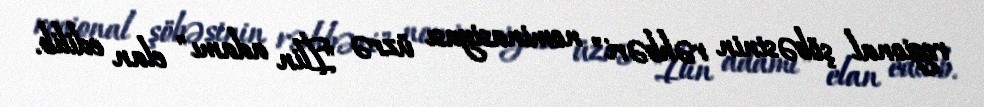
regional şöbəsinin rəhbəri" nominasiyası üzrə "İlin adamı" elan edilib.